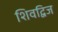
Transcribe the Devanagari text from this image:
शिवद्विज